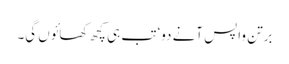
برتن واپس آنے دو‘ تب ہی کچھ کھائوں گی۔